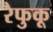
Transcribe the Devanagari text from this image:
रैफुकू